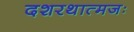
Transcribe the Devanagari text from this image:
दशरथात्मजः